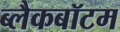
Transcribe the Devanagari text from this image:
ब्लैकबॉटम